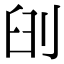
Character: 𠜃